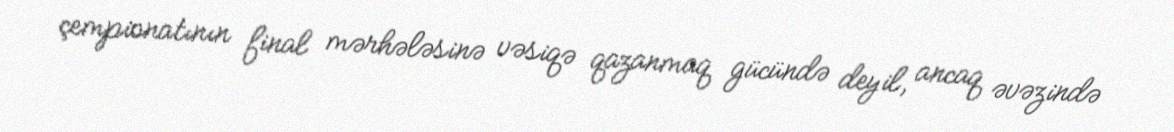
çempionatının final mərhələsinə vəsiqə qazanmaq gücündə deyil, ancaq əvəzində